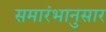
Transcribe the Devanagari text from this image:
समारंभानुसार